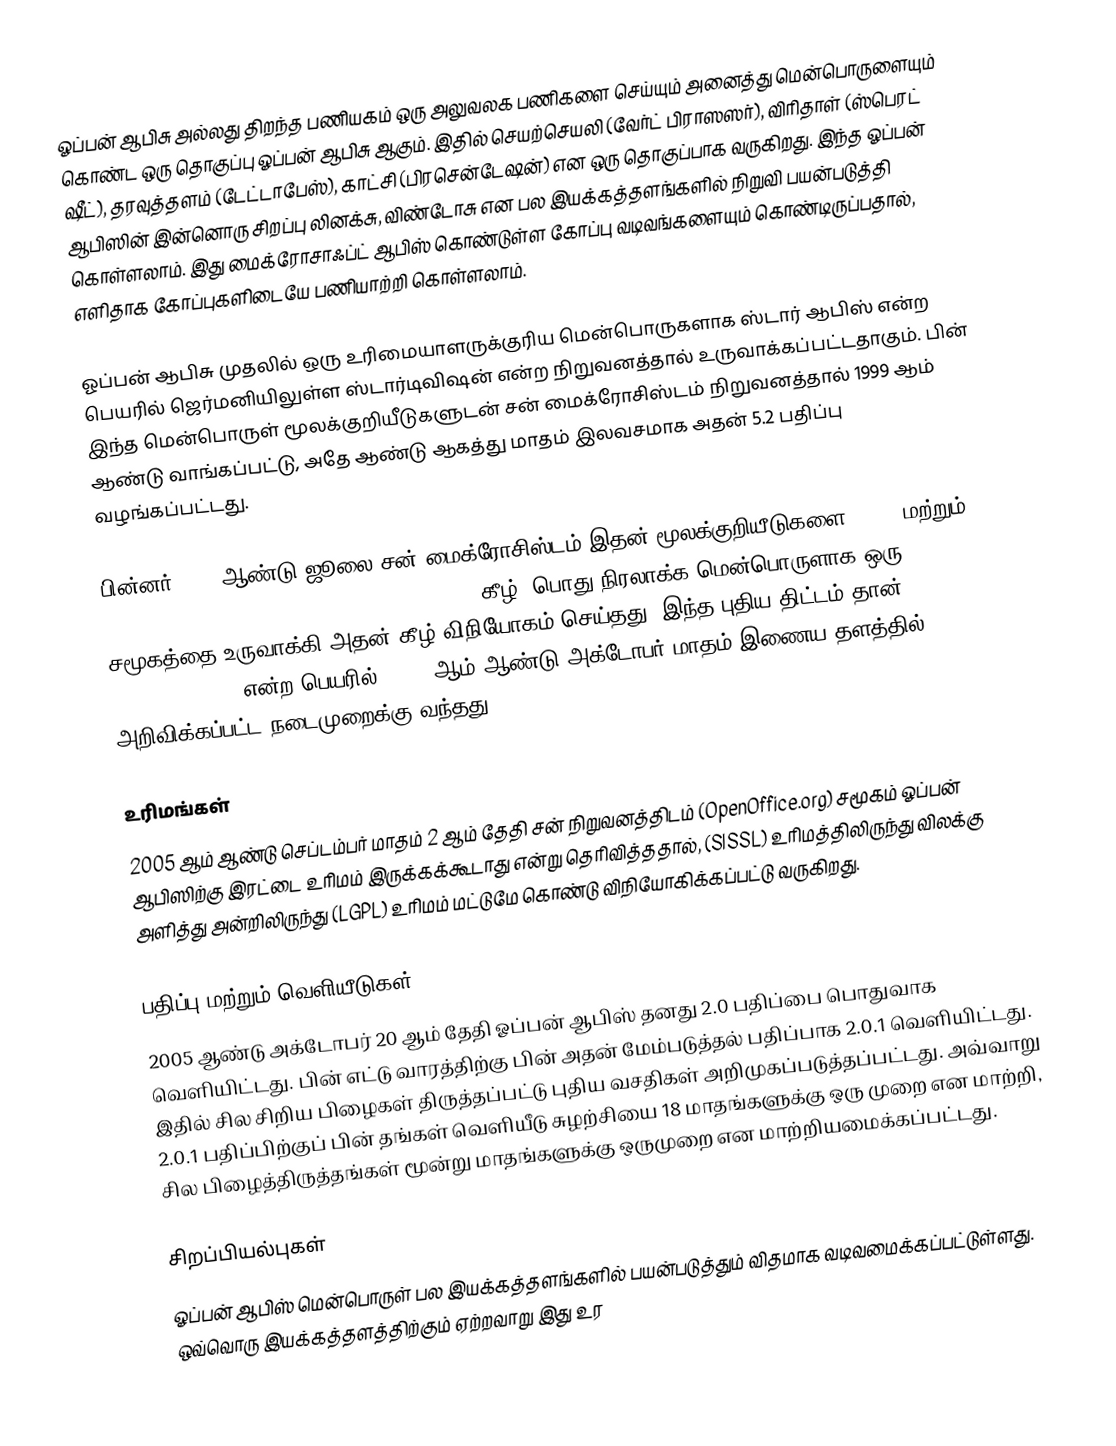
ஓப்பன் ஆபிசு  அல்லது திறந்த பணியகம் ஒரு அலுவலக பணிகளை செய்யும் அனைத்து மென்பொருளையும் கொண்ட ஒரு தொகுப்பு ஓப்பன் ஆபிசு ஆகும். இதில் செயற்செயலி (வேர்ட் பிராஸஸர்), விரிதாள் (ஸ்பெரட் ஷீட்), தரவுத்தளம் (டேட்டாபேஸ்), காட்சி (பிரசென்டேஷன்) என ஒரு தொகுப்பாக வருகிறது. இந்த ஓப்பன் ஆபிஸின் இன்னொரு சிறப்பு லினக்சு, விண்டோசு என பல இயக்கத்தளங்களில் நிறுவி பயன்படுத்தி கொள்ளலாம். இது மைக்ரோசாஃப்ட் ஆபிஸ் கொண்டுள்ள கோப்பு வடிவங்களையும் கொண்டிருப்பதால், எளிதாக கோப்புகளிடையே பணியாற்றி கொள்ளலாம்.

ஓப்பன் ஆபிசு முதலில் ஒரு உரிமையாளருக்குரிய மென்பொருகளாக ஸ்டார் ஆபிஸ் என்ற பெயரில் ஜெர்மனியிலுள்ள ஸ்டார்டிவிஷன் என்ற நிறுவனத்தால் உருவாக்கப்பட்டதாகும். பின் இந்த மென்பொருள் மூலக்குறியீடுகளுடன் சன் மைக்ரோசிஸ்டம் நிறுவனத்தால் 1999 ஆம் ஆண்டு வாங்கப்பட்டு, அதே ஆண்டு ஆகத்து மாதம் இலவசமாக அதன் 5.2 பதிப்பு வழங்கப்பட்டது.

பின்னர் 2000 ஆண்டு ஜூலை சன் மைக்ரோசிஸ்டம் இதன் மூலக்குறியீடுகளை (LGPL மற்றும் Sun Industry Standards Source License (SISSL) கீழ்) பொது நிரலாக்க மென்பொருளாக ஒரு சமூகத்தை உருவாக்கி அதன் கீழ் விநியோகம் செய்தது. இந்த புதிய திட்டம் தான் (OpenOffice.org என்ற பெயரில்) 2000 ஆம் ஆண்டு அக்டோபர் மாதம் இணைய தளத்தில் அறிவிக்கப்பட்ட நடைமுறைக்கு வந்தது.

உரிமங்கள்
2005 ஆம் ஆண்டு செப்டம்பர் மாதம் 2 ஆம் தேதி சன் நிறுவனத்திடம் (OpenOffice.org) சமூகம் ஓப்பன் ஆபிஸிற்கு இரட்டை உரிமம் இருக்கக்கூடாது என்று தெரிவித்ததால், (SISSL) உரிமத்திலிருந்து விலக்கு அளித்து அன்றிலிருந்து (LGPL) உரிமம் மட்டுமே கொண்டு விநியோகிக்கப்பட்டு வருகிறது.

பதிப்பு மற்றும் வெளியீடுகள்
2005 ஆண்டு அக்டோபர் 20 ஆம் தேதி ஓப்பன் ஆபிஸ் தனது 2.0 பதிப்பை பொதுவாக வெளியிட்டது. பின் எட்டு வாரத்திற்கு பின் அதன் மேம்படுத்தல் பதிப்பாக 2.0.1 வெளியிட்டது. இதில் சில சிறிய பிழைகள் திருத்தப்பட்டு புதிய வசதிகள் அறிமுகப்படுத்தப்பட்டது. அவ்வாறு 2.0.1 பதிப்பிற்குப் பின் தங்கள் வெளியீடு சுழற்சியை 18 மாதங்களுக்கு ஒரு முறை என மாற்றி, சில பிழைத்திருத்தங்கள் மூன்று மாதங்களுக்கு ஒருமுறை என மாற்றியமைக்கப்பட்டது.

சிறப்பியல்புகள்
ஓப்பன் ஆபிஸ் மென்பொருள் பல இயக்கத்தளங்களில் பயன்படுத்தும் விதமாக வடிவமைக்கப்பட்டுள்ளது. ஒவ்வொரு இயக்கத்தளத்திற்கும் ஏற்றவாறு இது உர